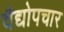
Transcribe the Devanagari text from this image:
वैद्योपचार